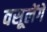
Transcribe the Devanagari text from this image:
वसूलेंगे